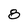
Character: 8